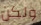
ولكن